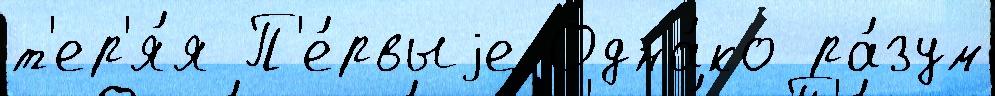
т'ер'я́я П'е́рвыjе Одна́ко ра́зум